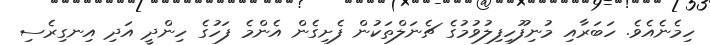
ހިމެނެއެވެ. ހަބަރާއި މުނިފޫހިފިލުވުމުގެ ޗެނަލްތަކުން ފެށިގެން އެންމެ ފަހުގެ ހިންދީ އަދި އިނގިރެސި